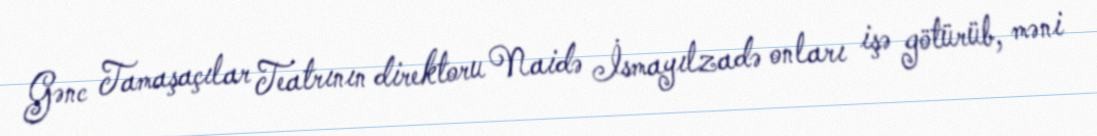
Gənc Tamaşaçılar Teatrının direktoru Naidə İsmayılzadə onları işə götürüb, məni